system: You are a helpful assistant.
user:
Analyze the provided spectrum to determine if it is a **M-type Giant (gM)**.

A M-type Giant spectrum is defined by its **strong molecular absorption** features, particularly from **Titanium Oxide (TiO)**. You must check for one of the following mutually exclusive signatures:

- **Key Visual Indicators (Absorption-Dominated Spectrum):**

    - **(Primary):** The spectrum is dominated by strong molecular absorption from **Titanium Oxide (TiO)**. This is the **defining feature** of its M-type temperature class.
        - **(Key Bandheads):** Look for sharp, "saw-tooth" absorption valleys. The strongest are located near **~7050 Å**, **~6160 Å**, and **~5170 Å**.
        - **(Line Profile):** The "saw-tooth" morphology is critical: a **sharp, steep drop on the BLUE (short-wavelength) side** of the bandhead, followed by a gradual recovery (rising flux) towards the RED (long-wavelength) side.

    - **(Key Confirmation - Giant vs. Dwarf):** **ABSENCE** of strong **Calcium Hydride (CaH)** molecular bands. This is the primary diagnostic for *excluding* M-dwarfs.
        - **(Key Region):** The spectrum should lack the strong, broad absorption band seen in dwarfs between **~6800 Å and ~7000 Å**.

    - **(Secondary Confirmation - Giant):** A very strong and broad **Neutral Calcium (Ca I)** atomic absorption line.
        - **(Key Line):** Located at **~4226 Å**. In a giant (gM), this line is significantly deeper and broader than the same line in an M-dwarf (dM) due to low surface gravity.

    - **(Overall Spectrum):**
        - The continuum is **extremely red-sloping** (i.e., flux is very low in the blue and rises dramatically towards the red).
        - The entire spectrum appears "chopped up" by the deep TiO bands.

Think first, call **spectral_visualization_tool** if needed to examine features in detail, then provide your final answer. Your response must adhere to the following strict rules:
1.  **Overall Structure:** Your response must follow the format `<think>...</think> <tool_call>...</tool_call> (if a tool is used) <answer>...</answer>`.
2.  **Tool Usage Constraint:** You may only make **one** tool call per turn.
3.  **Final Answer Format:** In the `<answer>` tag, your conclusion must be inside a `\boxed{}` command (e.g., `\boxed{YES}` or `\boxed{NO}`), followed by your justification.

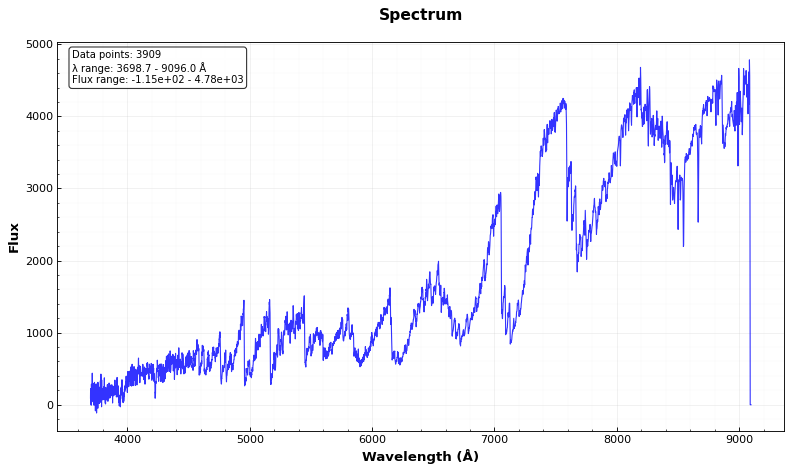
Answer: YES